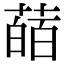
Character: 䔤